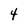
Character: 4